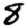
Digit: 8